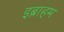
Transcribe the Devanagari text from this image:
इब्राहम